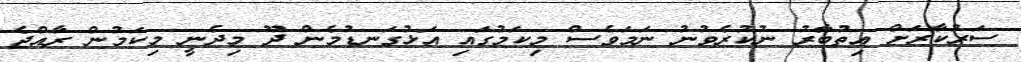
ސަރުކާރަށް އިތުބާރު ނުކުރެވުނު ނަމަވެސް މިކަމުގައި އަޅުގަނޑުމެން ދޫ މިދެނީ މިކަމުން ރާއްޖެ